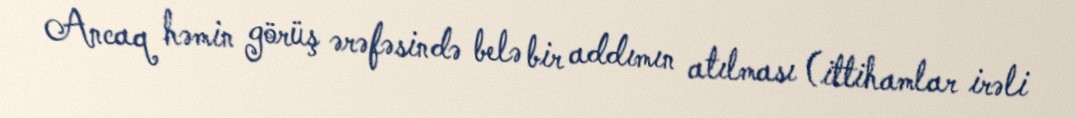
Ancaq həmin görüş ərəfəsində belə bir addımın atılması (ittihamlar irəli